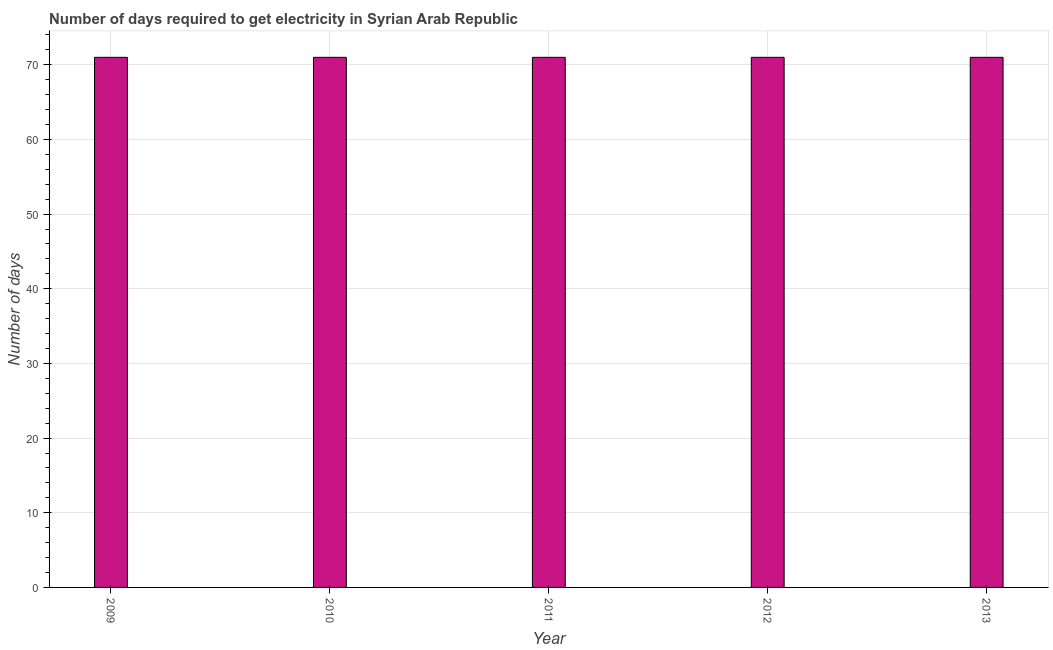
| Year | Time to get electricity |
 | --- | --- |
 | 2009 | 71 |
 | 2010 | 71 |
 | 2011 | 71 |
 | 2012 | 71 |
 | 2013 | 71 |